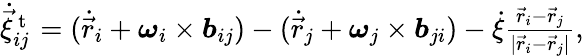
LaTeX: \begin{array}{r}{\dot{\vec{\xi}}_{ij}^{\mathrm{~t~}}=(\dot{\vec{r}}_{i}+\boldsymbol{\omega}_{i}\times\boldsymbol{b}_{ij})-(\dot{\vec{r}}_{j}+\boldsymbol{\omega}_{j}\times\boldsymbol{b}_{ji})-\dot{\xi}\frac{\vec{r}_{i}-\vec{r}_{j}}{|\vec{r}_{i}-\vec{r}_{j}|},}\end{array}